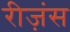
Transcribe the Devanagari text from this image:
रीज़ंस